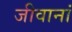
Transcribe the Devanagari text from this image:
जीवानां